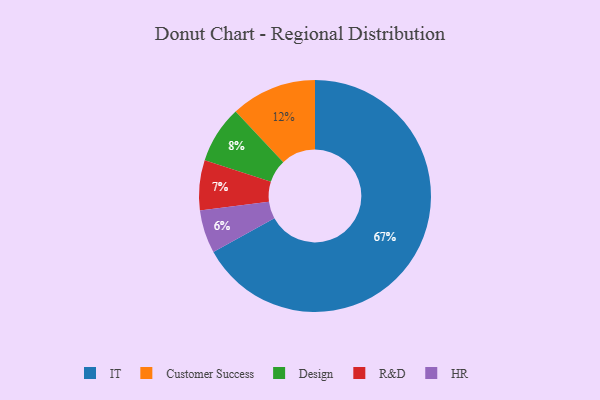
{"axis": {"x": "Category", "y": "Percentage"}, "legend": ["Customer Success", "Design", "HR", "IT", "R&D"], "data": [{"x": "Customer Success", "y": 12, "type": "Customer Success"}, {"x": "R&D", "y": 7, "type": "R&D"}, {"x": "IT", "y": 67, "type": "IT"}, {"x": "HR", "y": 6, "type": "HR"}, {"x": "Design", "y": 8, "type": "Design"}]}